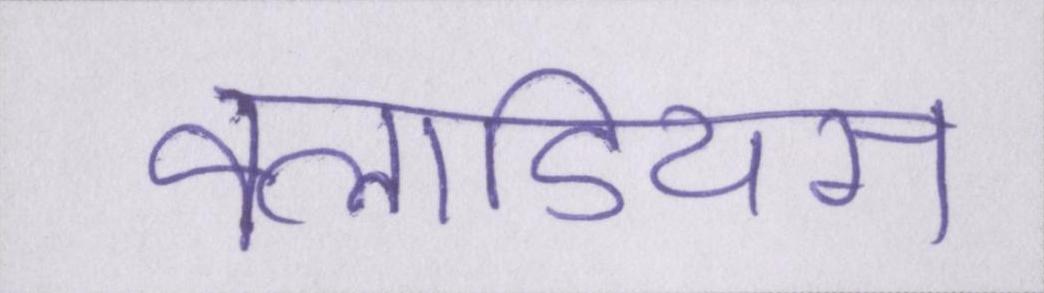
क्लाडियस